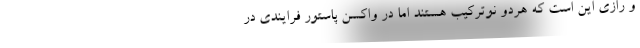
و رازی این است که هردو نوترکیب هستند اما در واکسن پاستور فرایندی در